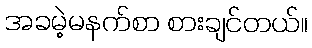
အခမဲ့မနက်စာ စားချင်တယ်။